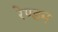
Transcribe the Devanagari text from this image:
रेण्डम